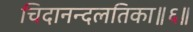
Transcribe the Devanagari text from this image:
चिदानन्दलतिका॥६॥